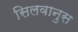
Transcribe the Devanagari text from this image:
सिलवानुस